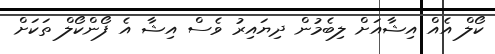
ކޯލް އެއް އިޝާއަށް ލިބެމުން ދިޔައިރު ވެސް އިޝާ އެ ފޯންކޯލް ތަކަށް